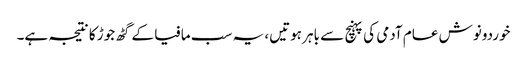
خوردونوش عام آدمی کی پہنچ سے باہر ہوتیں، یہ سب مافیا کے گٹھ جوڑ کا نتیجہ ہے۔